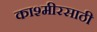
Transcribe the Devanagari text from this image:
काश्मीरसाठी